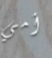
أمي